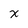
Character: x